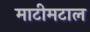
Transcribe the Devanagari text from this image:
माटीमटाल